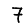
Digit: 7